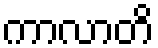
ကာလာတိ